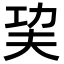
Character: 巭